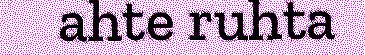
ahte ruhta